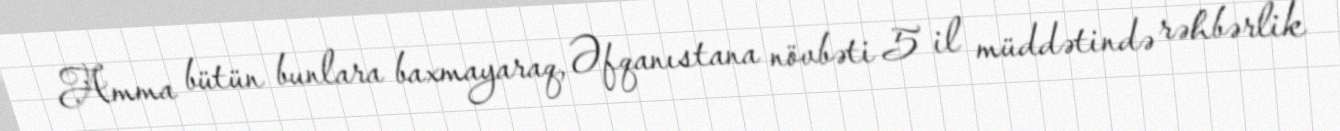
Amma bütün bunlara baxmayaraq, Əfqanıstana növbəti 5 il müddətində rəhbərlik